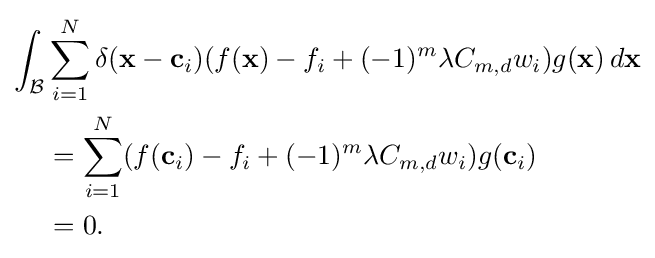
{\begin{aligned}\int _{\mathcal {B}}&\sum _{i=1}^{N}\delta (\mathbf {x} -\mathbf {c} _{i})(f(\mathbf {x} )-f_{i}+(-1)^{m}\lambda C_{m,d}w_{i})g(\mathbf {x} )\,d\mathbf {x} \\&=\sum _{i=1}^{N}(f(\mathbf {c} _{i})-f_{i}+(-1)^{m}\lambda C_{m,d}w_{i})g(\mathbf {c} _{i})\\&=0.\end{aligned}}